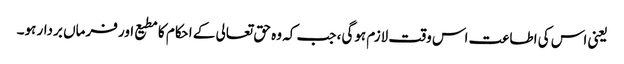
یعنی اس کی اطاعت اس وقت لازم ہوگی، جب کہ وہ حق تعالی کے احکام کا مطیع اور فرماں بردار ہو۔